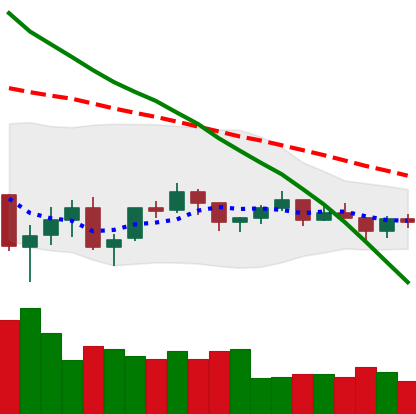
Ticker: BTC-USD
Chart end date: 2021-07-10
Forward return: -5.19%
Label: down_5_7